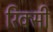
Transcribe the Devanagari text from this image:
रिक्सी